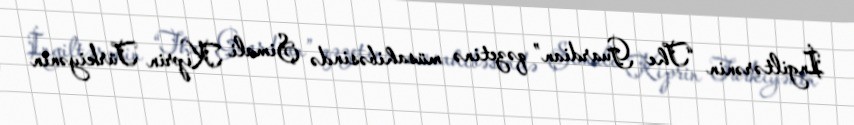
İngiltərənin “The Guardian” qəzetinə müsahibəsində Şimali Kiprin Türkiyənin